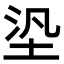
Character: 𡋋